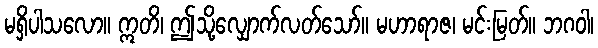
မရှိပါသလော။ ဣတိ၊ ဤသို့လျှောက်လတ်သော်။ မဟာရာဇ၊ မင်းမြတ်။ ဘဂဝါ၊